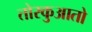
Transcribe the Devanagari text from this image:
तोरकुआतो